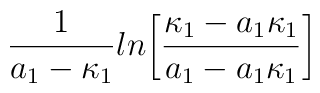
{1\over{a_1-\kappa_1}}ln\biggl[{\kappa_1-a_1\kappa_1\over{a_1-a_1\kappa_1}}\biggr]